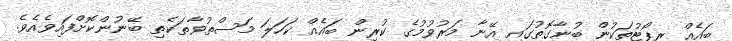
ބައެއް ރިޕޯޓުތަކުން ބުނާގޮތުގައި އޭނާ މަރުވުމުގެ ކުރިން ބައެއް ކަހަލަ މަސްތުވާތަކެތި ބޭނުންކޮށްފައިވެއެވެ.